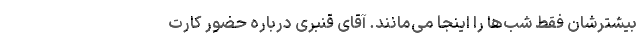
بیشترشان فقط شب‌ها را اینجا می‌مانند. آقای قنبری درباره حضور کارت